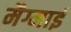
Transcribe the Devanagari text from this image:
मैग्माई